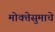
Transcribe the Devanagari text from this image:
मोक्तेसुमाचे